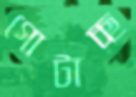
গোটাচ্ছ